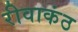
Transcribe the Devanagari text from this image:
रीवाकंठ